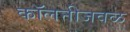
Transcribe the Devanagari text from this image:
कॉलनीजवळ